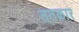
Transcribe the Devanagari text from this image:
ततकार